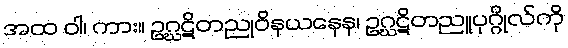
အထ ဝါ၊ ကား။ ဥဂ္ဃဋိတညုဝိနယနေန၊ ဥဂ္ဃဋိတညူပုဂ္ဂိုလ်ကို